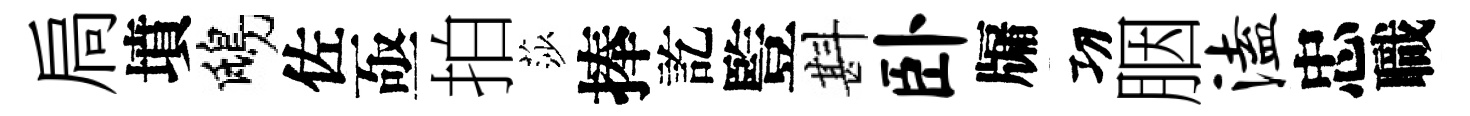
扃墳鴟佐亟拍莎捧訖䜿斟卧牖㓛胭溘忠職